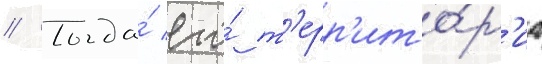
// Тогда́ его́ т'ерр'ито́р'иа